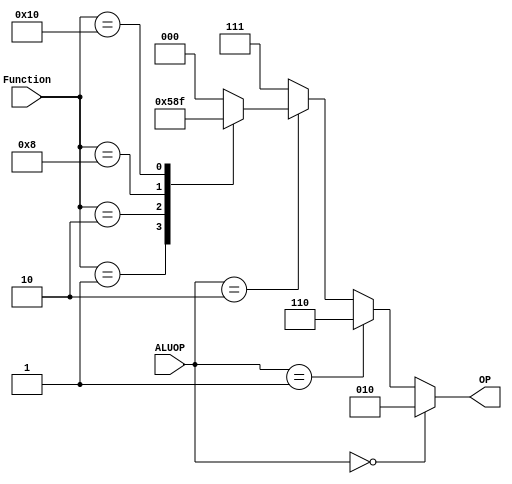
`timescale 1ns/1ns
module ALU_Controller (ALUOP, Function,OP);
  input [1:0] ALUOP;
  input [5:0] Function;
  output [2:0] OP;
  reg [2:0] OP;
  always @(ALUOP, Function)
 begin
    OP = 3'b000;
    if (ALUOP == 2'b00)// lw or sw or addi
      OP = 3'b010;
    else if (ALUOP == 2'b01)// beq
      OP = 3'b110;
    else if (ALUOP == 2'b10)
      begin
        case (Function)
          6'b000001: OP = 3'b010;// add
          6'b000010: OP = 3'b110;// sub
          6'b000100: OP = 3'b000;// and
          6'b001000: OP = 3'b001;// or
          6'b010000: OP = 3'b111;// slt
          default:   OP = 3'b000;
        endcase
      end
    else//for slti
      OP = 3'b111;
  end  
endmodule